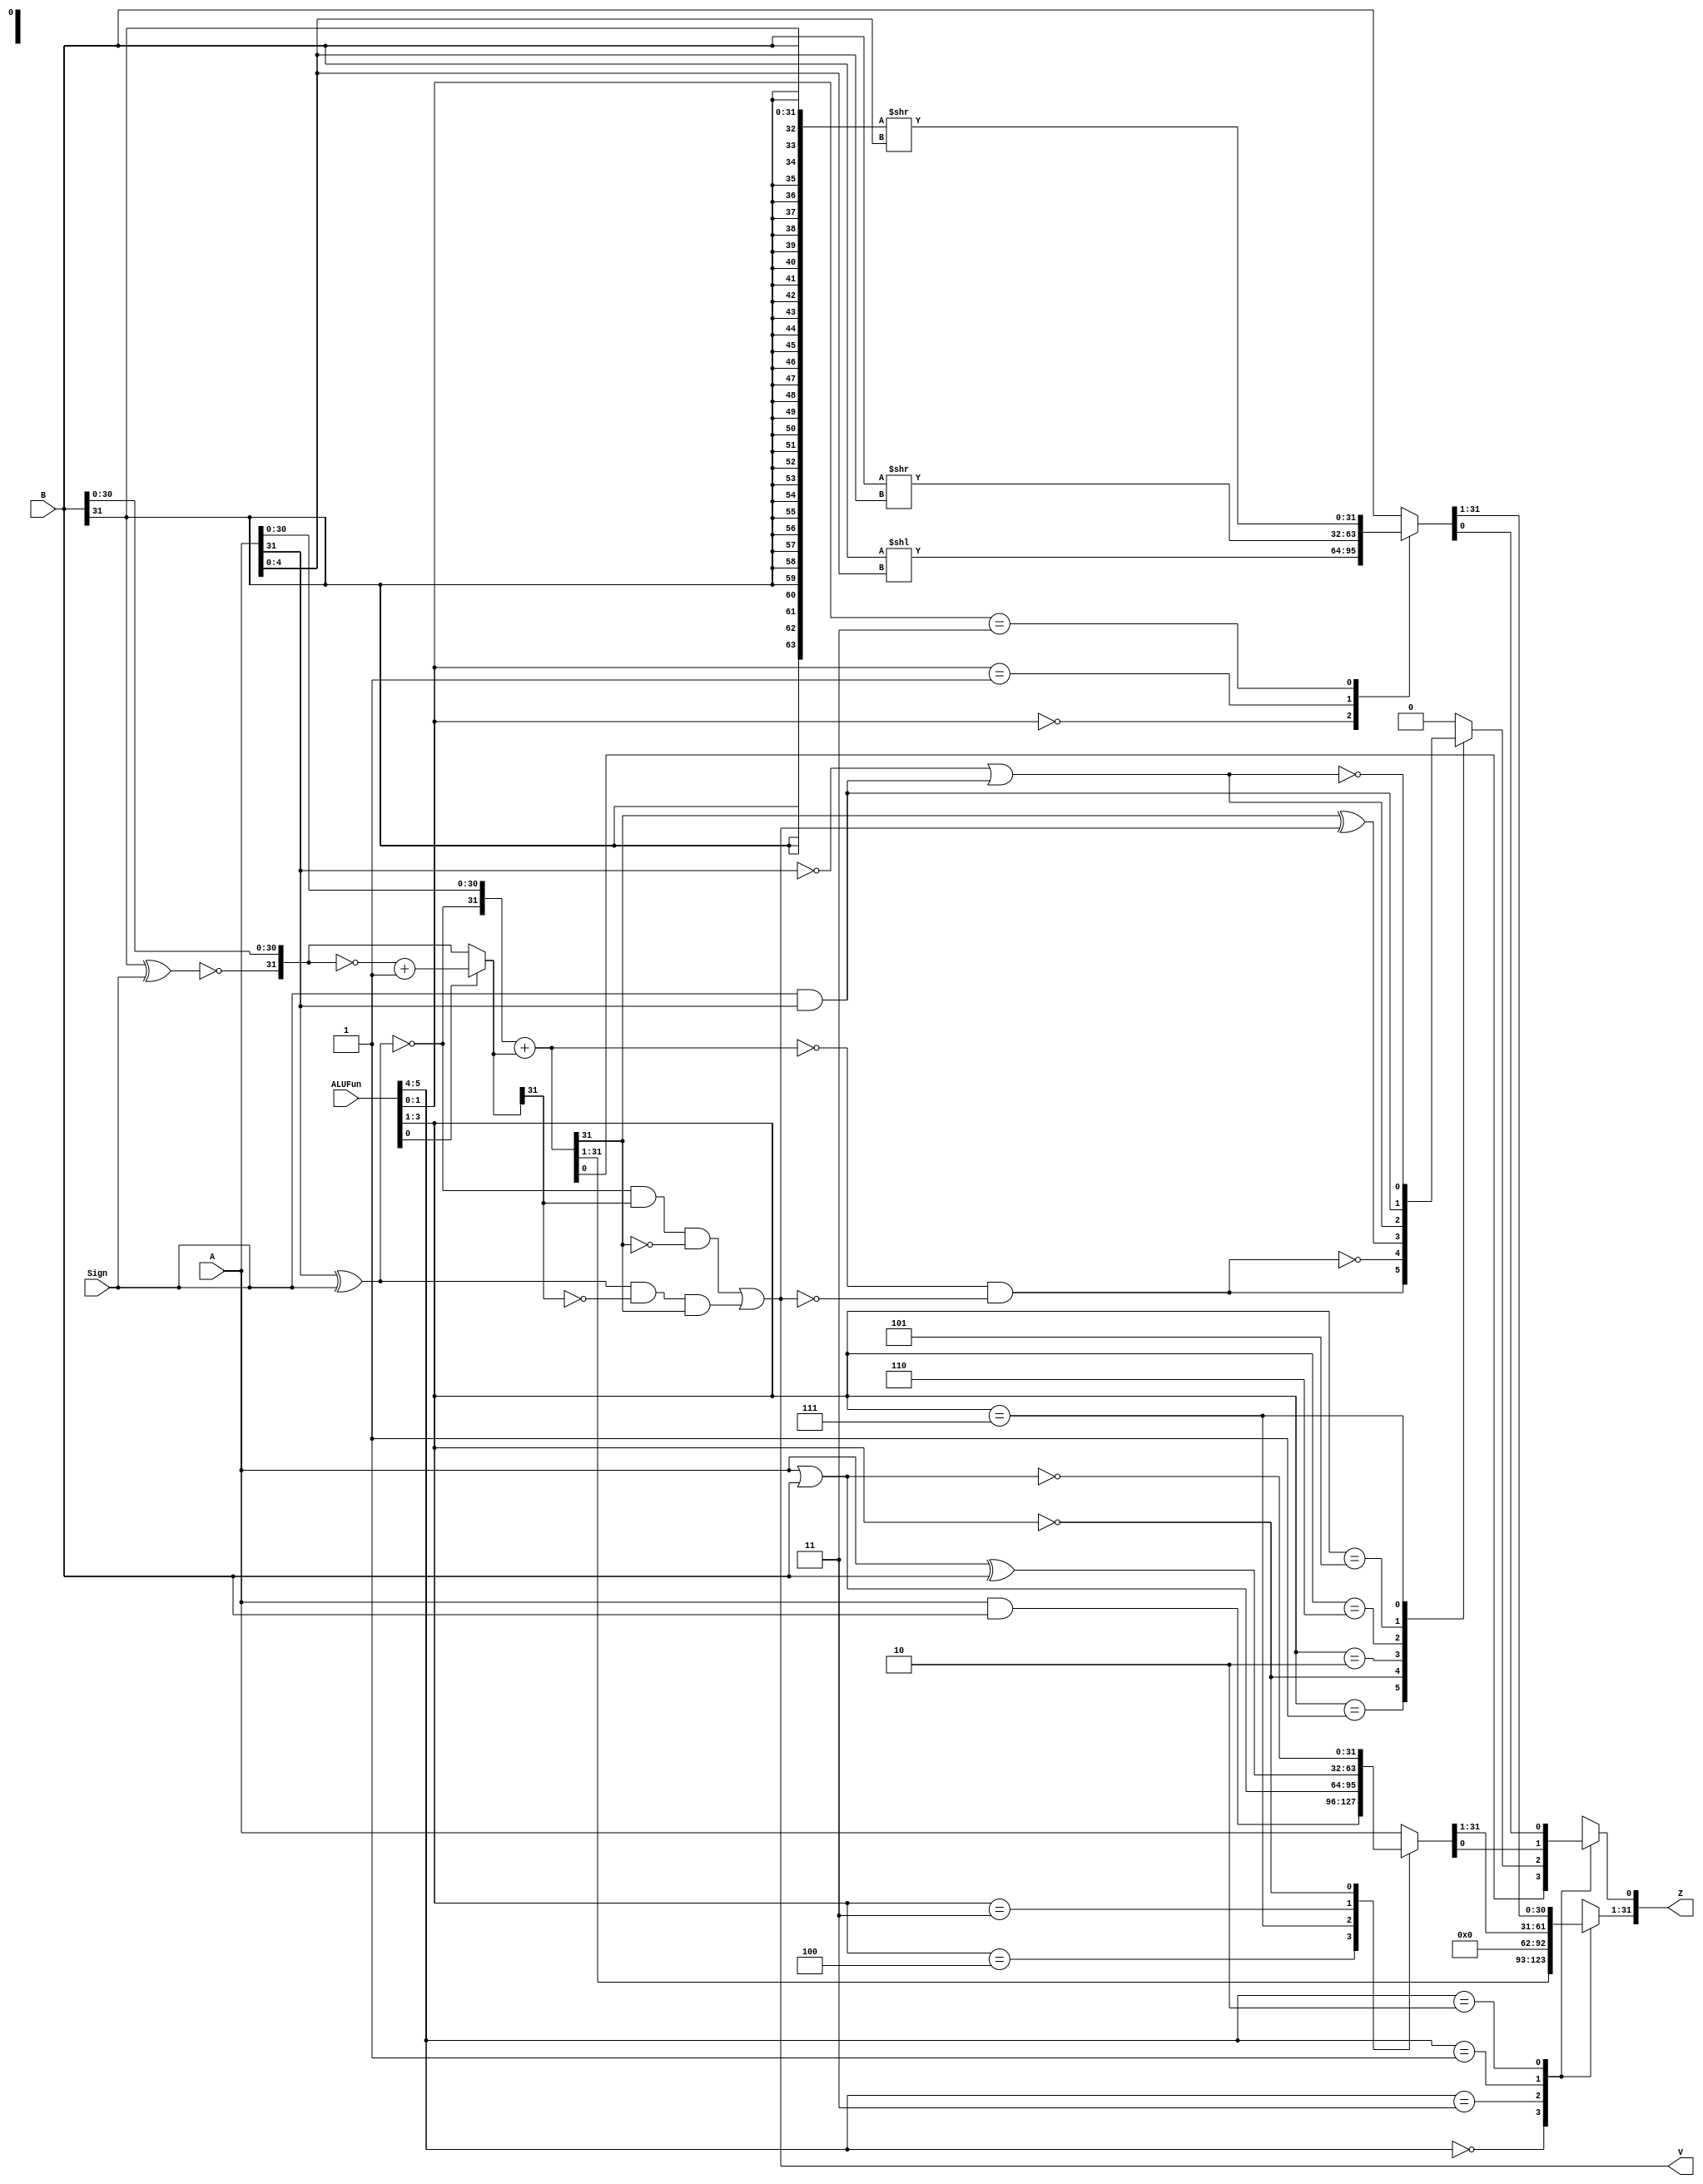
/*
Project: ALU
Time   : 18/07
*/

`timescale 1ns/1ns

module ALU(A, B, ALUFun, Sign, Z, V);
	input  [31:0] A, B;
	input  [5:0] ALUFun;
	input  Sign;
	output reg [31:0] Z;
	output V; //Overflow signal

	//Part1: ADD/SUB Module

	wire [31:0] A_mod, B_mod;
	//transition for unsigned <-> signed
	assign A_mod[31] = ~(A[31] ^ Sign);
	assign B_mod[31] = ~(B[31] ^ Sign);
	assign A_mod[30:0] = A[30:0];
	assign B_mod[30:0] = B[30:0];

	//If minus, B_mod will be turned into 2-complement format <-> C = -B_mod
	wire [31:0] C;
	assign C = ALUFun[0] ? (~B_mod + 32'b1) : B_mod;

	//add
	wire [31:0] Sum;
	wire Zero, Overflow, Negative, V;
	assign Sum = A_mod + C;
	assign Zero = (Sum == 32'b0);
	assign Overflow = (A_mod[31] & C[31] & (~Sum[31])) | ((~A_mod[31]) & (~C[31]) & Sum[31]);
	assign V = Overflow;
	assign Negative = Sum[31];

	//Part2: Compare

	reg Compare;
	always @(*) begin
		case(ALUFun[3:1])
			3'b001: Compare = Zero & (~Overflow);
			3'b000: Compare = ~(Zero & (~Overflow));
			3'b010: Compare = Negative ^ Overflow;
			3'b110: Compare = (A[31] == 32'b0) | (Sign & A[31]);
			3'b101: Compare = Sign & (A[31]);
			3'b111: Compare = ~((A[31] == 32'b0) | (Sign & A[31]));
			default: Compare = 1'b0;
		endcase
	end

	//Part3: Boolean

	reg [31:0] Boolean;
	always @(*) begin
		case(ALUFun[3:1])
			3'b100: Boolean = A & B;
			3'b111: Boolean = A | B;
			3'b011: Boolean = A ^ B;
			3'b000: Boolean = ~(A | B);
			3'b101: Boolean = A;
			default: Boolean = A;
		endcase
	end

	//Part4: Shift

	reg [31:0] Shift;
	always @(*) begin
		case(ALUFun[1:0])
			2'b00: Shift = B << A[4:0];
			2'b01: Shift = B >> A[4:0];
			2'b11: Shift = ({{32{B[31]}},B} >> A[4:0]);
			default: Shift = B;
		endcase
	end

	//Part5: Output
	always @(*) begin
		case(ALUFun[5:4])
			2'b00: Z = Sum;
			2'b11: begin Z[0] = Compare; Z[31:1] = 31'b0; end
			2'b01: Z = Boolean;
			2'b10: Z = Shift;
		endcase
	end

endmodule